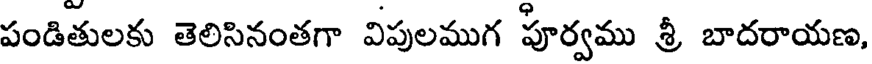
పండితులకు తెలిసినంతగా విపులముగ పూర్వము శ్రీ బాదరాయణ,